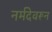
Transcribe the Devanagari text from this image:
नर्मदेवरून